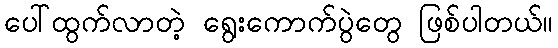
ပေါ်ထွက်လာတဲ့ ရွေးကောက်ပွဲတွေ ဖြစ်ပါတယ်။